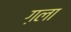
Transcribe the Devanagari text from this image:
ग़ला